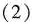
（2）